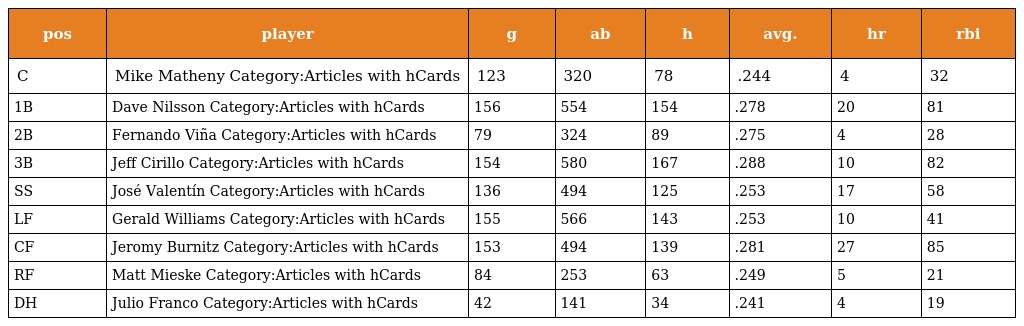
| pos | player | g | ab | h | avg. | hr | rbi |
 | --- | --- | --- | --- | --- | --- | --- | --- |
 | C | Mike Matheny Category:Articles with hCards | 123 | 320 | 78 | .244 | 4 | 32 |
 | 1B | Dave Nilsson Category:Articles with hCards | 156 | 554 | 154 | .278 | 20 | 81 |
 | 2B | Fernando Viña Category:Articles with hCards | 79 | 324 | 89 | .275 | 4 | 28 |
 | 3B | Jeff Cirillo Category:Articles with hCards | 154 | 580 | 167 | .288 | 10 | 82 |
 | SS | José Valentín Category:Articles with hCards | 136 | 494 | 125 | .253 | 17 | 58 |
 | LF | Gerald Williams Category:Articles with hCards | 155 | 566 | 143 | .253 | 10 | 41 |
 | CF | Jeromy Burnitz Category:Articles with hCards | 153 | 494 | 139 | .281 | 27 | 85 |
 | RF | Matt Mieske Category:Articles with hCards | 84 | 253 | 63 | .249 | 5 | 21 |
 | DH | Julio Franco Category:Articles with hCards | 42 | 141 | 34 | .241 | 4 | 19 |